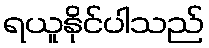
ရယူနိုင်ပါသည်